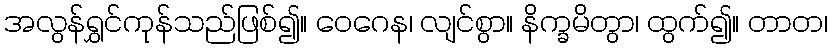
အလွန်ရွှင်ကုန်သည်ဖြစ်၍။ ဝေဂေန၊ လျင်စွာ။ နိက္ခမိတွာ၊ ထွက်၍။ တာတ၊